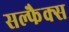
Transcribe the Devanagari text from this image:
सल्फैक्स